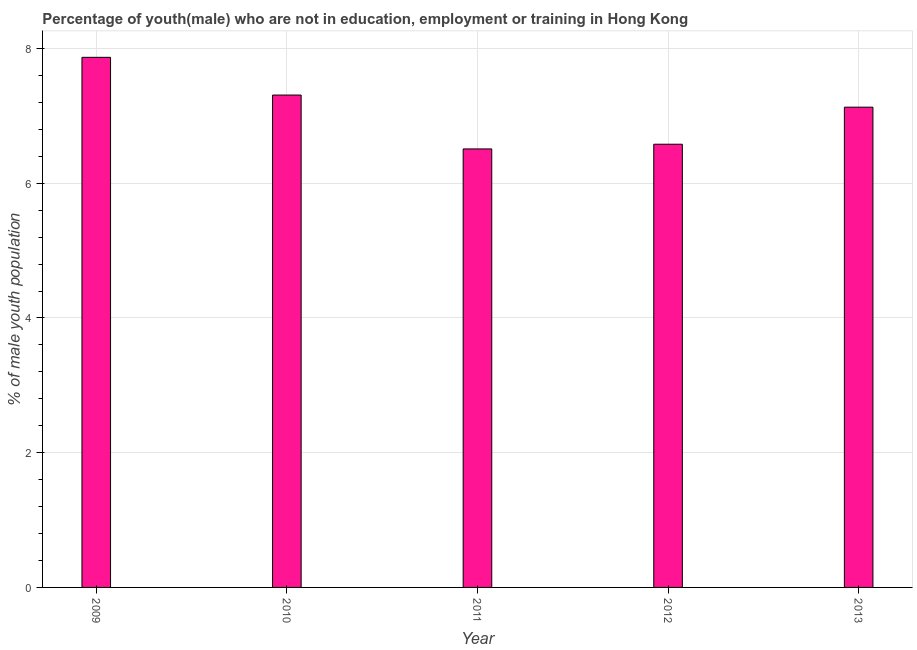
| Year | Unemployed(male) |
 | --- | --- |
 | 2009 | 7.87 |
 | 2010 | 7.31 |
 | 2011 | 6.51 |
 | 2012 | 6.58 |
 | 2013 | 7.13 |